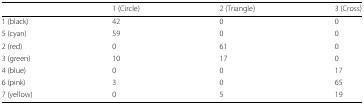
|  | 1 (Circle) | 2 (Triangle) | 3 (Cross) |
 | --- | --- | --- | --- |
 | 1 (black) | 42 | 0 | 0 |
 | 5 (cyan) | 59 | 0 | 0 |
 | 2 (red) | 0 | 61 | 0 |
 | 3 (green) | 10 | 17 | 0 |
 | 4 (blue) | 0 | 0 | 17 |
 | 6 (pink) | 3 | 0 | 65 |
 | 7 (yellow) | 0 | 5 | 19 |